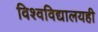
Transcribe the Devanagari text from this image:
विश्वविद्यालयही